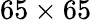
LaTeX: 65\times 65